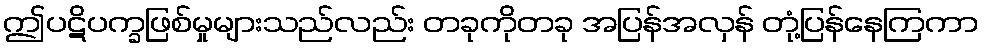
ဤပဋိပက္ခဖြစ်မှုများသည်လည်း တခုကိုတခု အပြန်အလှန် တုံ့ပြန်နေကြကာ